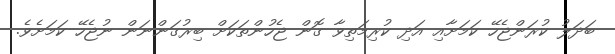
ބަދަލު ކުރަންޖެހޭ ކަމަށާއި އަދި ކުރިމަތިވާ ގޮން ޖެހުންތަކަށް ބިރުގަންނަން ނުޖެހޭ ކަމަށެވެ.